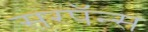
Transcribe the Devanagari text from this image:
सरपॅन्स